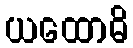
ယထောဓိ